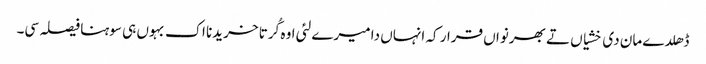
ڈھلدے مان دی خشیاں تے بھرنواں قرار کہ انہاں دا میرے لئی اوہ کُرتا خریدنا اک بہوں ہی سوہنا فیصلہ سی۔